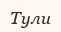
Тули